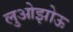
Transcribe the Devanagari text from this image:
लुओझोऊ